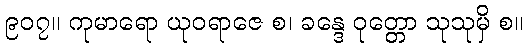
၉၀၇။ ကုမာရော ယုဝရာဇေ စ၊ ခန္ဒေ ဝုတ္တော သုသုမှိ စ။